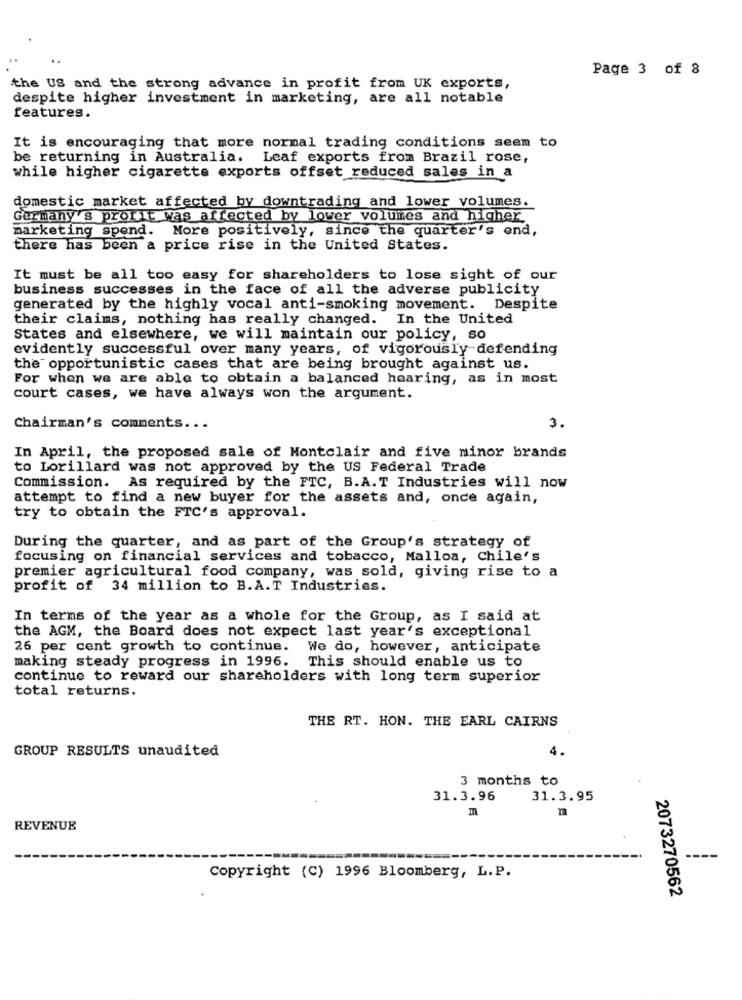
Page 3 of 8
the US and the strong advance in profit from UK exports,
despite higher investment in marketing, are all notable
features.
It is encouraging that more normal trading conditions seem to
be returning in Australia. Leaf exports from Brazil rose,
while higher cigarette exports offset reduced sales in a
domestic market affected by downtrading and lower volumes.
Germany's profit was affected by lower volumes and higher
marketing spend. More positively, since the quarter's end,
there has been a price rise in the United States.
It must be all too easy for shareholders to lose sight of our
business successes in the face of all the adverse publicity
generated by the highly vocal anti-smoking movement. Despite
their claims, nothing has really changed. In the United
States and elsewhere, we will maintain our policy, so
evidently successful over many years, of vigorously defending
the opportunistic cases that are being brought against us.
For when we are able to obtain a balanced hearing, as in most
court cases, we have always won the argument.
Chairman's comments ...
3.
In April, the proposed sale of Montclair and five minor brands
to Lorillard was not approved by the US Federal Trade
Commission. As required by the FTC, B.A.T Industries will now
attempt to find a new buyer for the assets and, once again,
try to obtain the FTC's approval.
During the quarter, and as part of the Group's strategy of
focusing on financial services and tobacco, Malloa, Chile's
premier agricultural food company, was sold, giving rise to a
profit of 34 million to B.A.T Industries.
In terms of the year as a whole for the Group, as I said at
the AGM, the Board does not expect last year's exceptional
26 per cent growth to continue. We do, however, anticipate
making steady progress in 1996. This should enable us to
continue to reward our shareholders with long term superior
total returns.
THE RT. HON. THE EARL CAIRNS
GROUP RESULTS unaudited
4.
3 months to
31.3.96
31.3.95
REVENUE
Copyright (C) 1996 Bloomberg, L.P.
2073270562